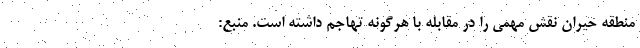
منطقه حیران نقش مهمی را در مقابله با هرگونه تهاجم داشته است. منبع: